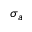
\sigma _ { a }